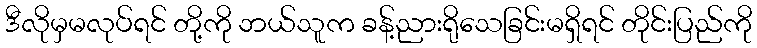
ဒီလိုမှမလုပ်ရင် တို့ကို ဘယ်သူက ခန့်ညားရိုသေခြင်းမရှိရင် တိုင်းပြည်ကို